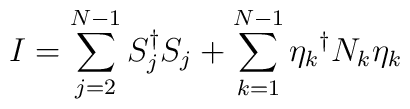
I = \sum_{j = 2}^{N-1}             S_j ^\dagger S_j      + \sum_{k=1}^{N-1}  {\eta_k}^\dagger N_k \eta_k